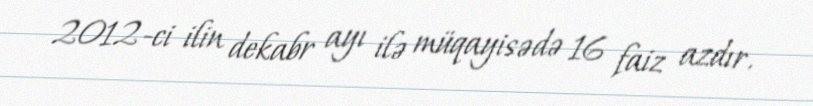
2012-ci ilin dekabr ayı ilə müqayisədə 16 faiz azdır.